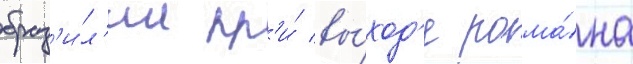
браз'и́л'ии пр'и́ вы́ход'е рома́на